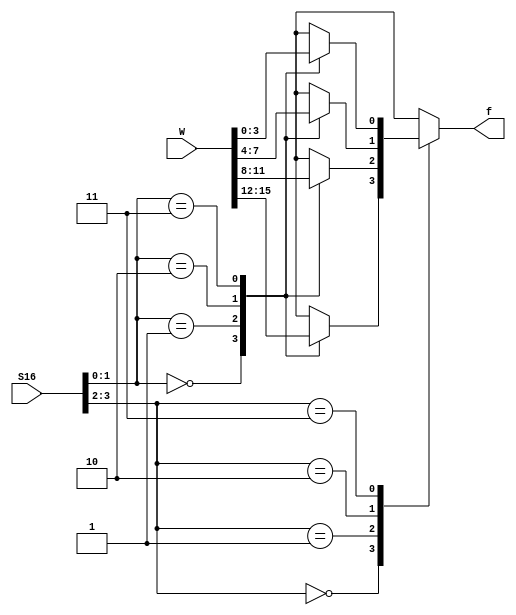
module mux16to1_function (W, S16, f);
    input [0:15] W;
    input [3:0] S16;
    output f;
    reg f;
// Function that specifies a 4-to-1 multiplexer
    function mux4to1;
        input [0:3] X;
        input [1:0] S4;
        case (S4)
            0: mux4to1 = X[0];
            1: mux4to1 = X[1];
            2: mux4to1 = X[2];
            3: mux4to1 = X[3];
        endcase
    endfunction

    always @(W or S16)
        case (S16[3:2])
            0: f = mux4to1 (W[0:3], S16[1:0]);
            1: f = mux4to1 (W[4:7], S16[1:0]);
            2: f = mux4to1 (W[8:11], S16[1:0]);
            3: f = mux4to1 (W[12:15], S16[1:0]);
        endcase

endmodule